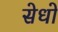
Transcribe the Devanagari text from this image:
सेधो